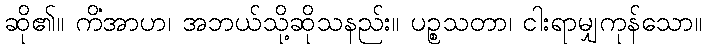
ဆို၏။ ကိံအာဟ၊ အဘယ်သို့ဆိုသနည်း။ ပဉ္စသတာ၊ ငါးရာမျှကုန်သော။